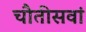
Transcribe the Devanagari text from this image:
चौतीसवां